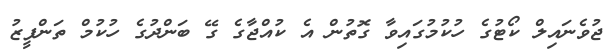
ޖުވެނައިލް ކޯޓުގެ ހުކުމުގައިވާ ގޮތުން އެ ކުއްޖާގެ ގޭ ބަންދުގެ ހުކުމް ތަންފީޒު